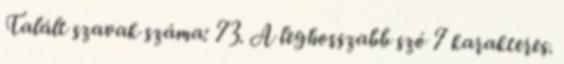
Talált szavak száma: 73. A leghosszabb szó 7 karakteres.